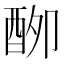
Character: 𮠣